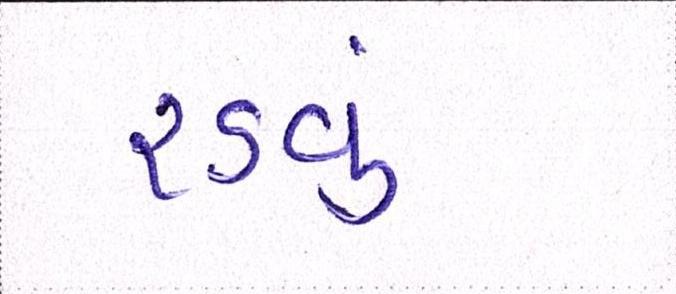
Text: રડવું